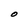
Character: O